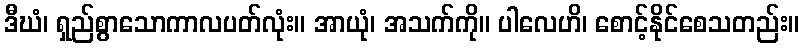
ဒီဃံ၊ ရှည်စွာသောကာလပတ်လုံး။ အာယုံ၊ အသက်ကို။ ပါလေဟိ၊ စောင့်နိုင်စေသတည်း။